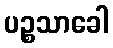
ပဉ္စသာခေါ